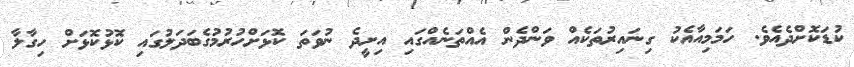
ކުޑަކޮށްދެއެވެ. ހަމަމިއާއެކު ގިނައިރުތަކެއް ވަންދެން އެއްތަނެއްގައި އިށީދެ ނުވަތަ ކޮޅަށްހުރުމުގެބަދަލުގައި ކޮޅުކޮޅަށް ހިގާލާ